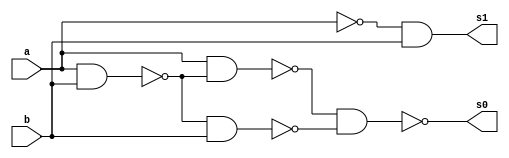
// ---------------------
// Guia 03_03 - Meia Diferena NAND
// Nome: Heitor Terozendi
// ---------------------

// ---------------------
// -- meia diferenca
// ---------------------

module meiadiferenca (s0, s1, a, b);
 output s0, s1;
 input  a, b;
 wire s2,s3,s4,s5,s6,s7;
 
 nand nandgate1 (s2, a, b);
 nand nandgate7 (s6, a, a);
 nand nandgate2 (s7, s6, b);
 nand nandgate8 (s1, s7, s7);
 nand nandgate3 (s3, a, b);
 nand nandgate4 (s4, a, s3);
 nand nandgate5 (s5, s3, b);
 nand nandgate6 (s0, s4, s5);

endmodule // meia diferenca

// --------------------------
// -- test meia diferenca nand
// --------------------------

module testmeiadiferenca;
 reg   a, b;             
 wire  s0, s1;
          // instancia
 meiadiferenca MEIADIFERENCA1 (s0, s1, a, b);

 initial begin:start
      a=0; b=0;
 end

          // parte principal
 initial begin:main
      $display("Guia 03_03 - Heitor Terozendi - 396698");
      $display("Test Meia Diferenca NAND gate");
      $display("\n a | b = s0 s1\n");
      $monitor(" %b | %b = %b %b", a, b, s0, s1);
  #1  a=0; b=1; 
  #1  a=1; b=0; 
  #1  a=1; b=1; 
  
 end

endmodule // testmeiadiferenca